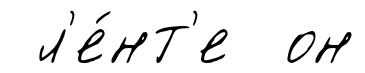
л'е́нт'е он